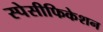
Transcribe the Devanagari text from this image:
स्पेसीफिकेशन